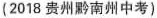
(2018 贵州黔南州中考)